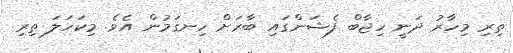
ތިރި މިހާރު ދަނީ ހިޖާބް ފެޝަންގައި ބާރަށް ހިނގަމުން އެވެ. މިކަހަލަ ތިރި